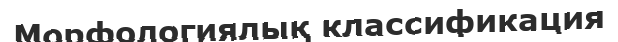
Морфологиялық классификация